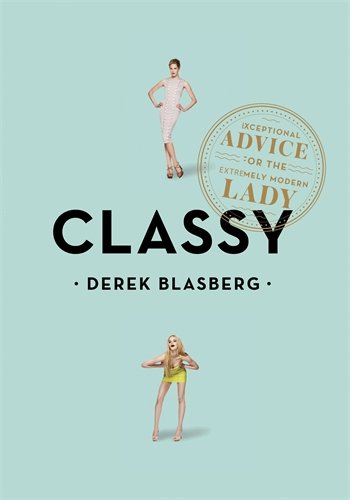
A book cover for Classy: Exceptional Advice for the Extremely Modern Lady; Derek Blasberg; Teen & Young Adult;